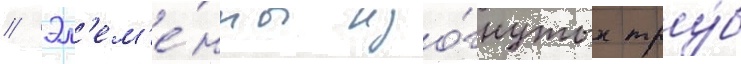
// Эл'ем'е́нты изо́гнутых тру́б